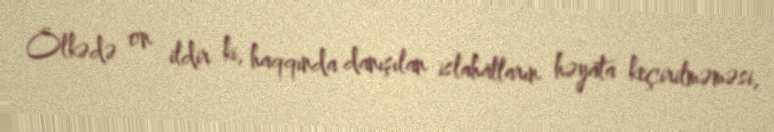
Ölkədə on ildir ki, haqqında danışılan islahatların həyata keçirilməməsi,